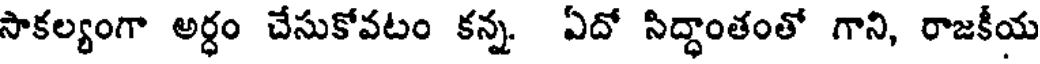
సాకల్యంగా అర్ధం చేసుకోవటం కన్న ఏదో సిద్ధాంతంతో గాని, రాజకీయ